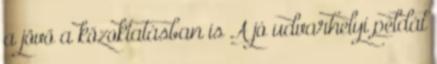
a jövő a közoktatásban is A jó udvarhelyi példát